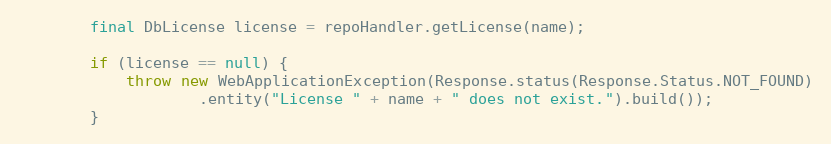
Language: Java
        final DbLicense license = repoHandler.getLicense(name);

        if (license == null) {
            throw new WebApplicationException(Response.status(Response.Status.NOT_FOUND)
                    .entity("License " + name + " does not exist.").build());
        }